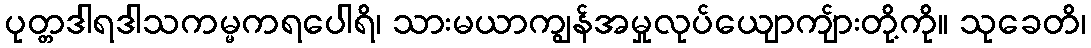
ပုတ္တဒါရဒါသကမ္မကရပေါရိ၊ သားမယာကျွန်အမှုလုပ်ယျောကျ်ားတို့ကို။ သုခေတိ၊